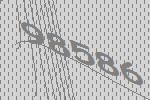
98586